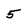
Character: 5